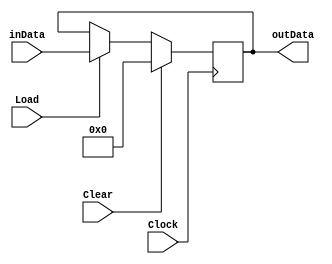
module Register_5bit(Load,Clear,Clock,inData,outData);

input Load,Clear,Clock ;
input [4:0]	inData ;
output reg [4:0] outData;

always@(posedge Clock)
begin
	if (Clear)
		outData <= 5'd0;
	else if (Load)
		outData <= inData;
end		
endmodule